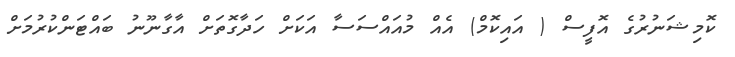
ކޮމިޝަނުރުގެ އޮފީސް ( އައިކޮމް) އެއް މުއައްސަސާ އަކަށް ހަދާގޮތަށް އާގާނޫނު ބައްޓަންކުރުމަށް